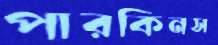
পারকিনস